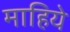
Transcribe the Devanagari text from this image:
माहिये